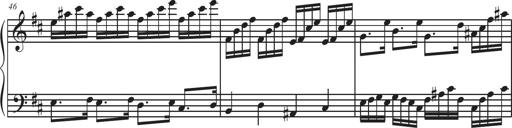
Title: Sonatina Espania
Composer: Jerald Franklin Archer
Key: Various